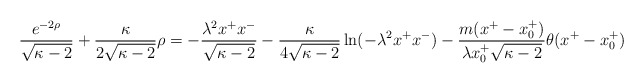
\begin{align*}\frac{e^{-2\rho}}{\sqrt{\kappa-2}}+\frac{\kappa}{2 \sqrt{\kappa-2}} \rho=-\frac{\lambda^{2}x^{+}x^{-}}{\sqrt{\kappa-2}}-\frac{\kappa}{4\sqrt{\kappa-2}}\ln(-\lambda^{2}x^{+}x^{-})-\frac{m(x^{+}-x_{0}^{+})}{\lambda x_{0}^{+} \sqrt{\kappa-2}} \theta(x^{+}-x_{0}^{+})\end{align*}